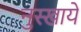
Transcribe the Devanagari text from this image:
नुस्खाये